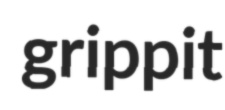
grippit